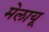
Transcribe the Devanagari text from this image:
मेलायू